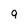
Character: 9